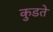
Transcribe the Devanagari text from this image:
कुडते